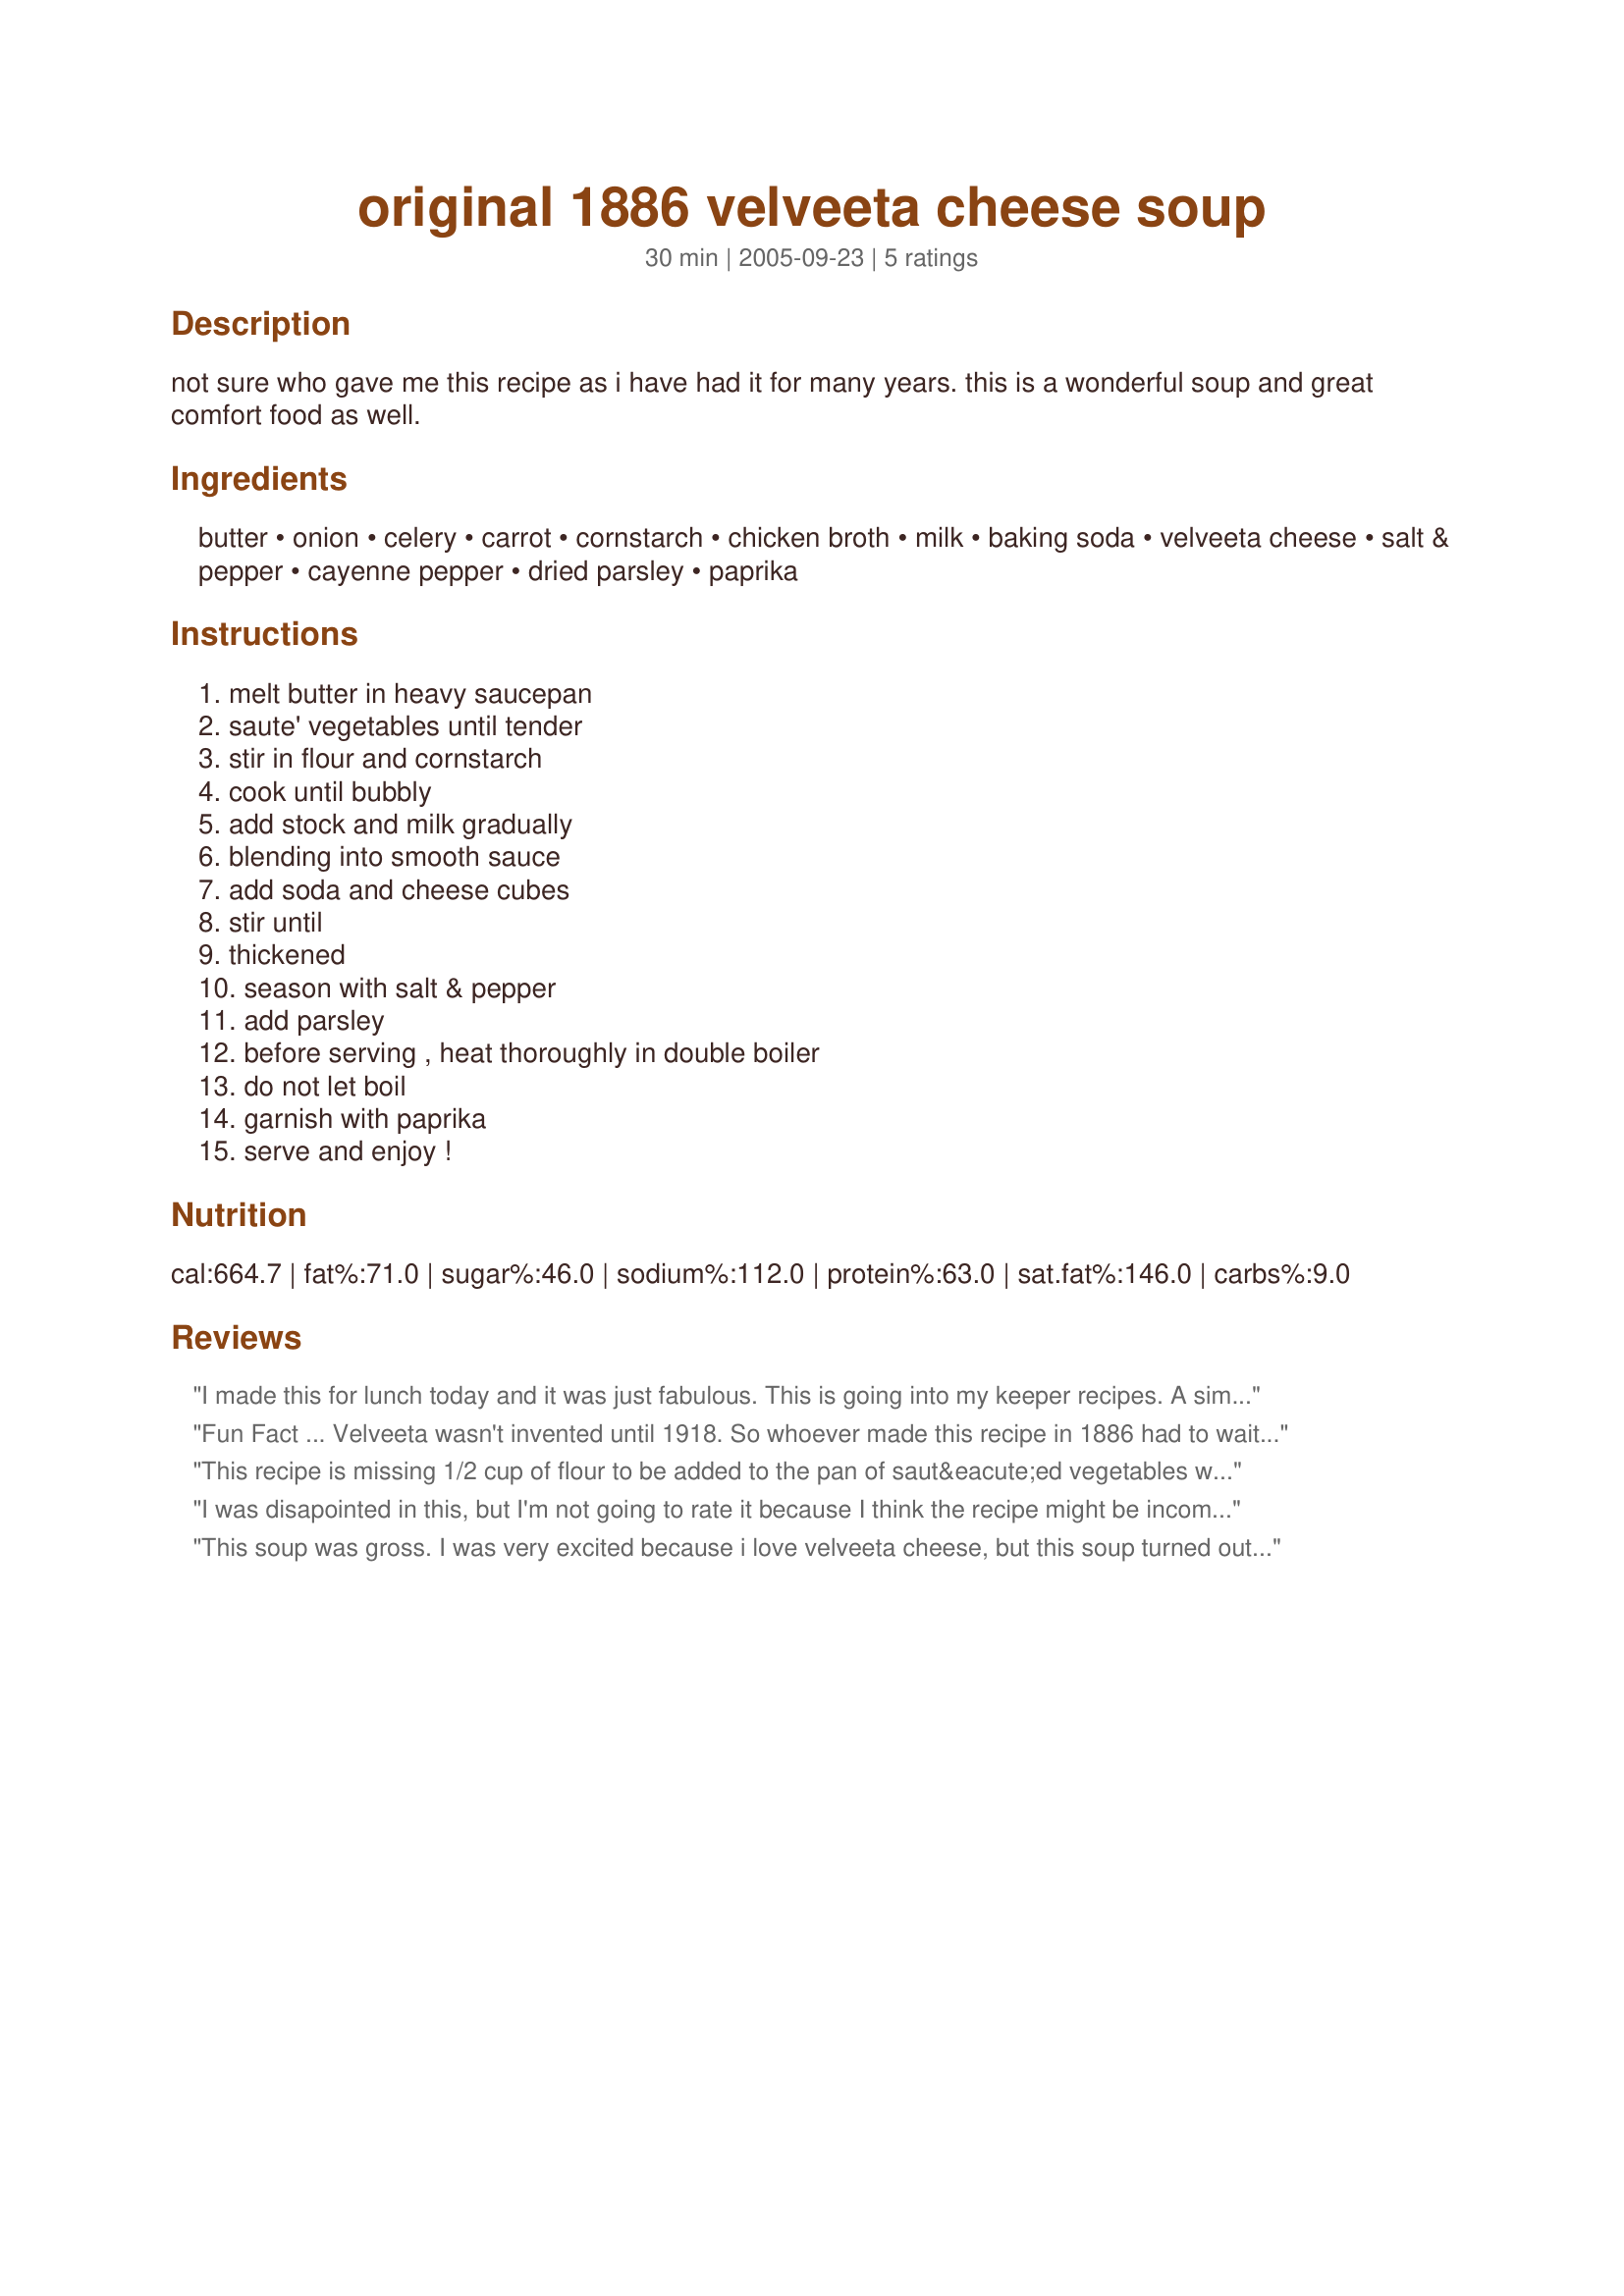
original 1886 velveeta cheese soup
Preparation time: 30 minutes

not sure who gave me this recipe as i have had it for many years. this is a wonderful soup and great comfort food as well.

Ingredients:
butter, onion, celery, carrot, cornstarch, chicken broth, milk, baking soda, velveeta cheese, salt & pepper, cayenne pepper, dried parsley, paprika

Steps:
melt butter in heavy saucepan, saute' vegetables until tender, stir in flour and cornstarch, cook until bubbly, add stock and milk gradually, blending into smooth sauce, add soda and cheese cubes, stir until, thickened, season with salt & pepper, add parsley, before serving , heat thoroughly in double boiler, do not let boil, garnish with paprika, serve and enjoy !

Reviews:
I made this for lunch today and it was just fabulous. This is going into my keeper recipes. A simply outstanding soup.
Fun Fact ... Velveeta wasn't invented until 1918. So whoever made this recipe in 1886 had to wait 32 years before actually cooking it!
This recipe is missing 1/2 cup of flour to be added to the pan of saut&eacute;ed vegetables with the cornstarch.
I was disapointed in this, but I'm not going to rate it because I think the recipe might be incomplete - the soup came out very thin, not what I was hoping for at all - however, the instructions refer to adding the cornstarch and flour, but the ingredient list doesn't mention flour. :(
This soup was gross. I was very excited because i love velveeta cheese, but this soup turned out runny and flavorless.
